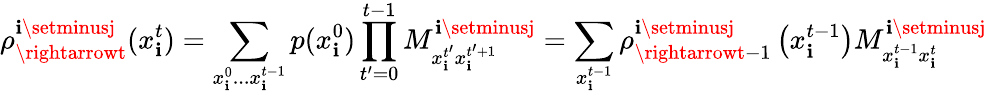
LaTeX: \rho_{\rightarrowt}^{\mathbf{i}\setminusj}(x_{\mathbf{i}}^{t})=\sum_{x_{\mathbf{i}}^{0}...x_{\mathbf{i}}^{t-1}}p(x_{\mathbf{i}}^{0})\prod_{t^{\prime}=0}^{t-1}M_{x_{\mathbf{i}}^{t^{\prime}}x_{\mathbf{i}}^{t^{\prime}+1}}^{\mathbf{i}\setminusj}=\sum_{x_{\mathbf{i}}^{t-1}}\rho_{\rightarrowt-1}^{\mathbf{i}\setminusj}\left(x_{\mathbf{i}}^{t-1}\right)M_{x_{\mathbf{i}}^{t-1}x_{\mathbf{i}}^{t}}^{\mathbf{i}\setminusj}